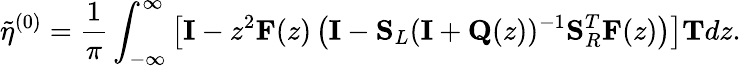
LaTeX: \tilde{\eta}^{(0)}=\frac{1}{\pi}\int_{-\infty}^{\infty}\left[\mathbf{I}-z^{2}\mathbf{F}(z)\left(\mathbf{I}-\mathbf{S}_{L}(\mathbf{I}+\mathbf{Q}(z))^{-1}\mathbf{S}_{R}^{T}\mathbf{F}(z)\right)\right]\mathbf{T}dz.